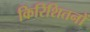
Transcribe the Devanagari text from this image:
किरिशितनों